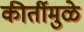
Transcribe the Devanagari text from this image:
कीर्तीमुळे